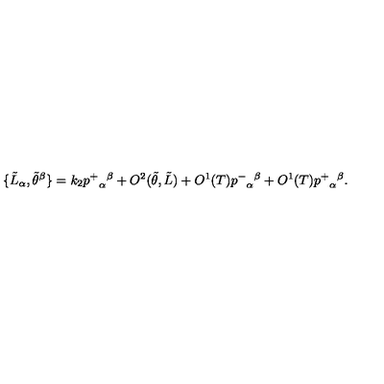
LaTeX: \{ \tilde { L } _ { \alpha } , \tilde { \theta } ^ { \beta } \} = k _ { 2 } { p ^ { + } } _ { \alpha } { } ^ { \beta } + O ^ { 2 } ( \tilde { \theta } , \tilde { L } ) + O ^ { 1 } ( T ) { p ^ { - } } _ { \alpha } { } ^ { \beta } + O ^ { 1 } ( T ) { p ^ { + } } _ { \alpha } { } ^ { \beta } .